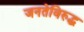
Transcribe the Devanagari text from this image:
जनतेविरुद्ध